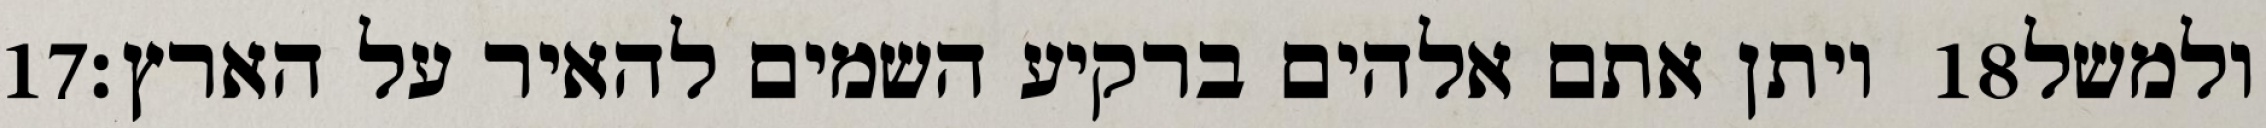
‎17‏ ויתן אתם אלהים ברקיע השמים להאיר על הארץ׃ ‎18‏ ולמשל